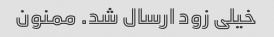
خیلی زود ارسال شد. ممنون